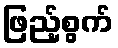
ဖြည့်စွက်